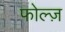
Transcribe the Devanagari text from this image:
फोल्ज़